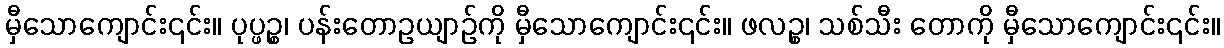
မှီသောကျောင်း၎င်း။ ပုပ္ဖဉ္စ၊ ပန်းတောဥယျာဉ်ကို မှီသောကျောင်း၎င်း။ ဖလဉ္စ၊ သစ်သီး တောကို မှီသောကျောင်း၎င်း။